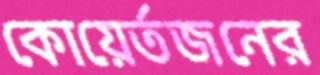
কোয়ের্তজনের